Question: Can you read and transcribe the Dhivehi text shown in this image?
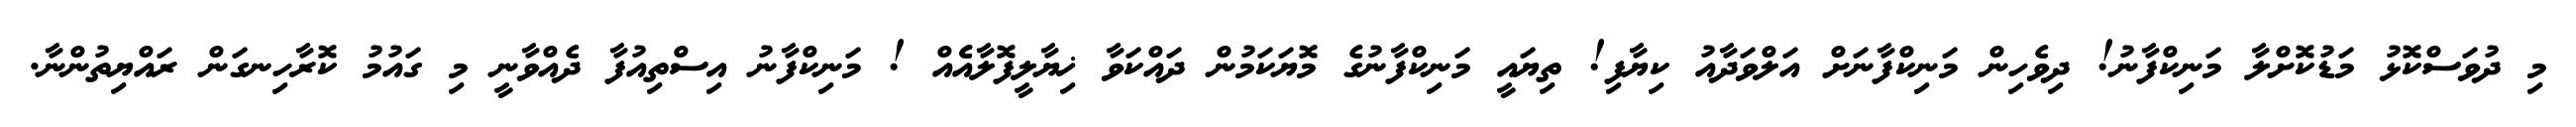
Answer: މި ދުވަސްކޮޅު މަޑުކޮށްލާ މަނިކްފާނު! ދިވެހިން މަނިކްފާނަށް އަލްވަދާއު ކިޔާފި! ތިޔައީ މަނިކްފާނުގެ މޮޔަކަމުން ދައްކަވާ ޚިޔާލީފޮލާއެެއް ! މަނިކްފާނު އިސްތިއުފާ ދެއްވާނީ މި ގައުމު ކޮރާހިނގަން ރައްޔިތުންނާ.